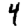
Digit: 4